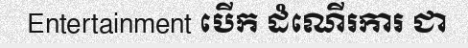
Entertainment បើក ដំណើរការ ជា